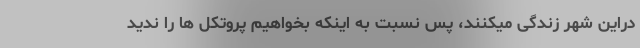
دراین شهر زندگی میکنند، پس نسبت به اینکه بخواهیم پروتکل ها را ندید